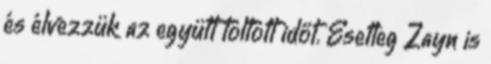
és élvezzük az együtt töltött időt. Esetleg Zayn is